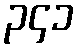
၃၄၁